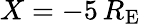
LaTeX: X=-5\, R_{\mathrm{E}}